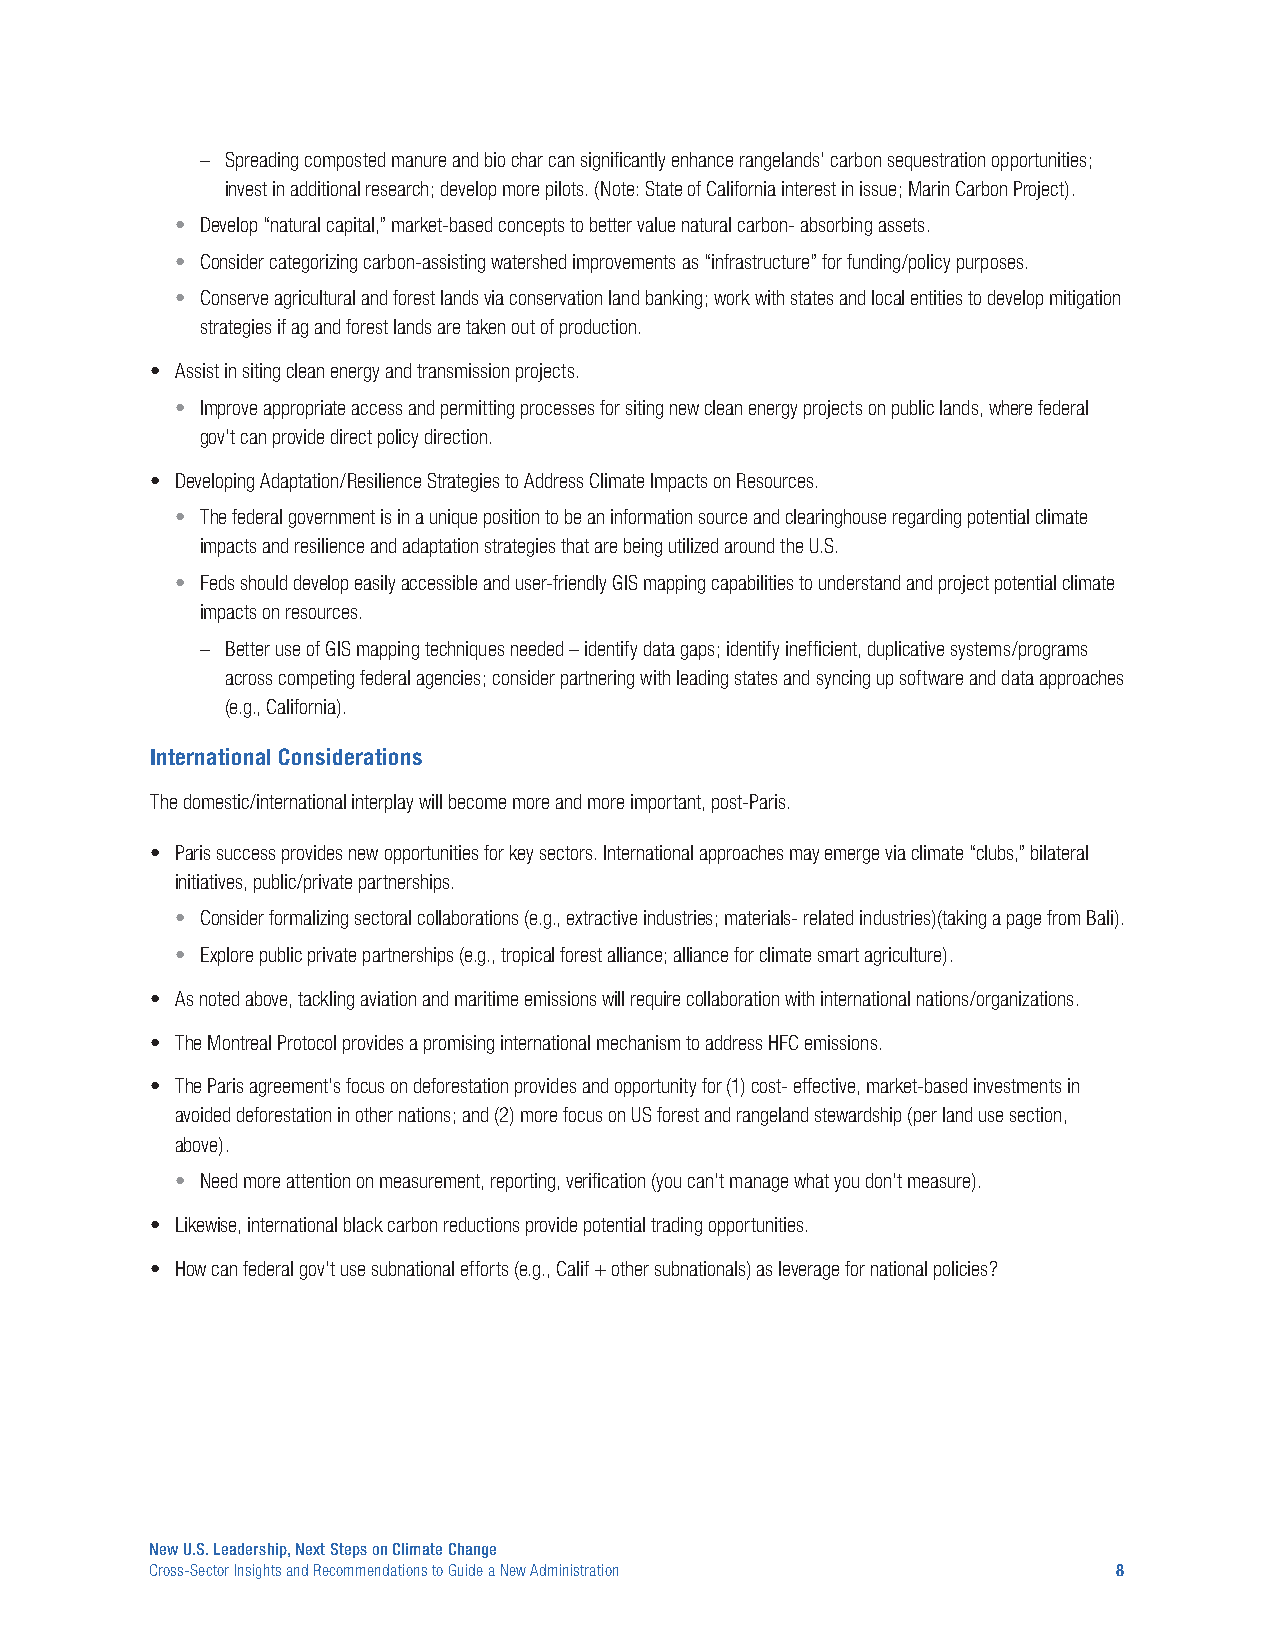
– Spreading composted manure and bio char can significantly enhance rangelands’ carbon sequestration opportunities;
 invest in additional research; develop more pilots. (Note: State of California interest in issue; Marin Carbon Project).
 • Develop “natural capital,” market-based concepts to better value natural carbon- absorbing assets.
 • Consider categorizing carbon-assisting watershed improvements as “infrastructure” for funding/policy purposes.
 • Conserve agricultural and forest lands via conservation land banking; work with states and local entities to develop mitigation
 strategies if ag and forest lands are taken out of production.
 • Assist in siting clean energy and transmission projects.
 • Improve appropriate access and permitting processes for siting new clean energy projects on public lands, where federal
 gov’t can provide direct policy direction.
 • Developing Adaptation/Resilience Strategies to Address Climate Impacts on Resources.
 • The federal government is in a unique position to be an information source and clearinghouse regarding potential climate
 impacts and resilience and adaptation strategies that are being utilized around the U.S.
 • Feds should develop easily accessible and user-friendly GIS mapping capabilities to understand and project potential climate
 impacts on resources.
 – Better use of GIS mapping techniques needed – identify data gaps; identify inefficient, duplicative systems/programs
 across competing federal agencies; consider partnering with leading states and syncing up software and data approaches
 (e.g., California).
 International Considerations
 The domestic/international interplay will become more and more important, post-Paris.
 • Paris success provides new opportunities for key sectors. International approaches may emerge via climate “clubs,” bilateral
 initiatives, public/private partnerships.
 • Consider formalizing sectoral collaborations (e.g., extractive industries; materials- related industries)(taking a page from Bali).
 • Explore public private partnerships (e.g., tropical forest alliance; alliance for climate smart agriculture).
 • As noted above, tackling aviation and maritime emissions will require collaboration with international nations/organizations.
 • The Montreal Protocol provides a promising international mechanism to address HFC emissions.
 • The Paris agreement’s focus on deforestation provides and opportunity for (1) cost- effective, market-based investments in
 avoided deforestation in other nations; and (2) more focus on US forest and rangeland stewardship (per land use section,
 above).
 • Need more attention on measurement, reporting, verification (you can’t manage what you don’t measure).
 • Likewise, international black carbon reductions provide potential trading opportunities.
 • How can federal gov’t use subnational efforts (e.g., Calif + other subnationals) as leverage for national policies?
 New U.S. Leadership, Next Steps on Climate Change
 Cross-Sector Insights and Recommendations to Guide a New Administration 8